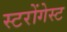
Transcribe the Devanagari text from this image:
स्टरोंगेस्ट